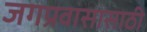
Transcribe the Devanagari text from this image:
जगप्रवासासाठी